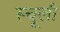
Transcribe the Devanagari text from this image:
स्चूली